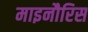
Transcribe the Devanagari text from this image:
माइनौरिस